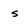
Character: s